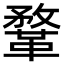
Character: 鞪